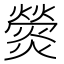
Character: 𤐺